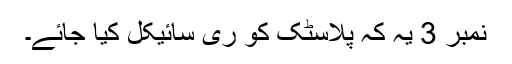
نمبر 3 یہ کہ پلاسٹک کو ری سائیکل کیا جائے۔